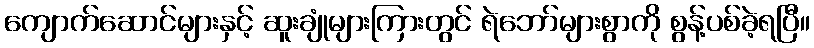
ကျောက်ဆောင်များနှင့် ဆူးချုံများကြားတွင် ရဲဘော်များစွာကို စွန့်ပစ်ခဲ့ရပြီ။